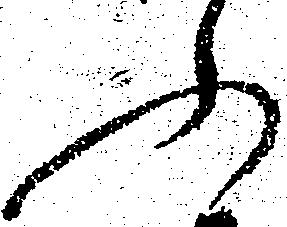
ふ